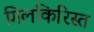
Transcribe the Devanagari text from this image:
गिलकिरिस्त